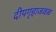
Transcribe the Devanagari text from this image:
दीपगृहाजवळ